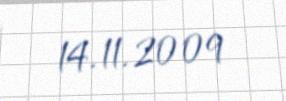
14.11.2009